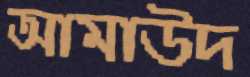
আমাউদ